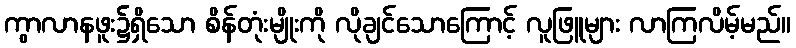
ကွာလာနဖူး၌ရှိသော စိန်တုံးမျိုးကို လိုချင်သောကြောင့် လူဖြူများ လာကြလိမ့်မည်။